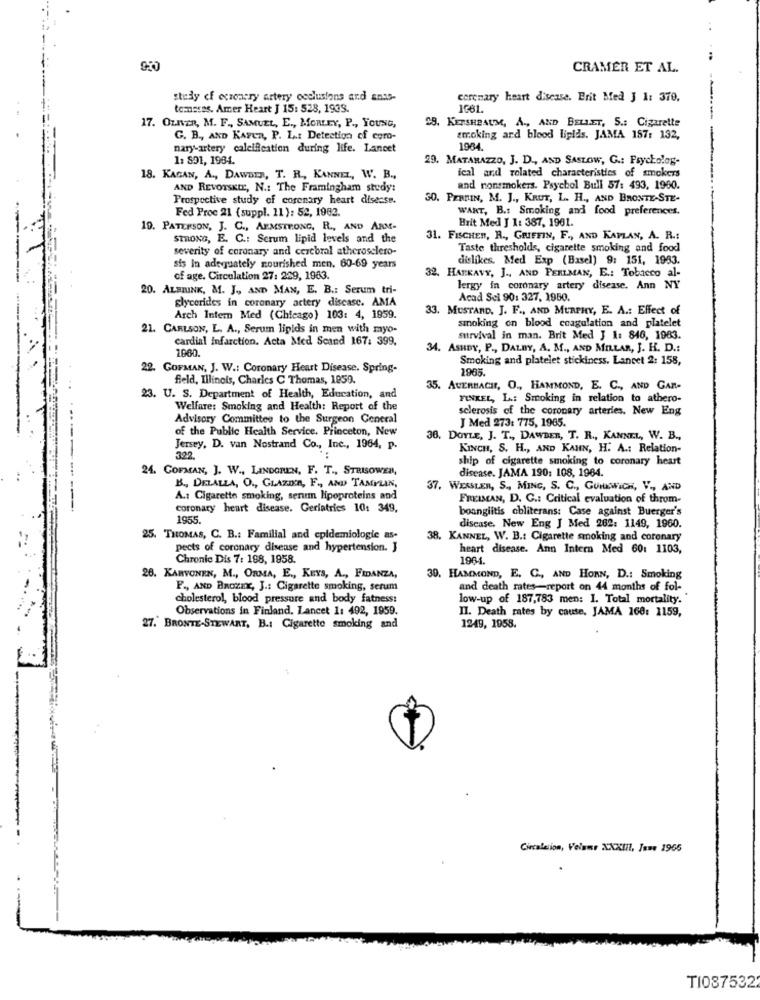
CRAMER ET AL.
study of ecsenary artery occlusions and ants-
coronary heart disease. Erit Med J 1: 370.
tomssss. Amer Heart J 15: 528, 1933.
1681.
59. KETSHBAUM, A ., AND BELLET, S .: Cigarette
17. OLNER, M. F ., SAMUEL, E ., MORLEY, P ., YOUNG,
G. B ., AND KAYER, P. L .: Detection cf coro-
smoking ard blood lipids. JAMA 157: 132,
nary-artery calcification during life. Lancet
1964.
1: 801, 1984.
29. MATARAZZO, J. D ., AND SASLOW, G .: Psycholog-
18. KAGAN, A ., DAWDEN, T. R ., KANNEL, W. B .,
ical and related characteristics of smokers
AND REVOTSKIE, N .: The Framingham study:
and nonsmokers. Psychol Bull 57: 493, 1960.
Prospective study of coronary heart disease.
50. PEANIN, M. J ., KRUT, L. H ., AND BRONTE-STE-
Fed Proe 21 (suppl. 11 ): 52, 1982.
WART, B.s Smoking and food preferences.
Brit Med J 1: 387, 1961.
19. PATERSON, J. C ., ARMSTRONG, R ., AND ARM-
STRONG, E. C .: Serum lipid levels and the
31. FISCHER, R ., GRIFFIN, F ., AND KAPLAN, A. R .:
severity of coronary and cerebral atherosclero-
Taste thresholds, cigarette smoking and food
dislikes. Med Exp (Basel) 9: 151, 1983.
sis in adequately nourished men. 60-69 years
of age. Circulation 27: 229, 1983.
32. HATKAVY, J ., AND PERLMAN, E .: Tobacco al-
20. ALBIUNK, M. J ., AND MAN, E. B .: Serum tri-
lergy in coronary artery disease. Ann NY
glycerides in coronary artery disease. AMA
Acad Sci 90: 327, 1950.
33. MUSTARD. J. F ., AND MURPHY, E. A .: Effect of
Arch Intern Med (Chicago) 103: 4, 1959.
smoking on blood coagulation and platelet
21. CARLSON, L. A ., Serum lipids in men with myo-
cardial infarction. Acta Med Scand 167: 399,
survival in man. Brit Med J 1: 846, 1983.
1960.
34. ASHBY, P ., DALBY, A. M ., AND MILLAR, J. H. D .:
Smoking and platelet stickiness. Lancet 2: 158,
22. GOFMAN, J. W .: Coronary Heart Disease. Spring-
1965
field, Illinois, Charles C Thomas, 1859.
35. AUERBACH, O ., HAMMOND, E. C ., AND GAR-
23. U. S. Department of Health, Education, and
FINKEL, L .: Smoking in relation to athero-
Welfare: Smoking and Health: Report of the
sclerosis of the coronary arteries. New Eng
Advisory Committee to the Surgeon General
J Med 273: 775, 1985.
of the Public Health Service, Princeton, New
36. DOYLE, J. T ., DAWDER, T. R ., KANNEL, W. B .,
Jersey, D. van Nostrand Co ., Inc ., 1964, p.
KINCH, S. H ., AND KANN, H. A .: Relation-
322.
ship of cigarette smoking to coronary heart
24. COFMAN, J. W ., LINDGREN, F. T ., STRISOWER,
disease. JAMA 190: 108, 1964.
B ., DELALLA, O ., GLAZO'n, F ., AND TAMYLAN,
37. WESSLER, S ., MING, S. C ., GunwicH, V ., AND
A .: Cigarette smoking, senem lipoproteins and
FREIMAN, D. C .: Critical evaluation of throm-
--
coronary heart disease. Geriatrics 10: 349,
boanglitis obliterans: Case against Buerger's
1955
disease. New Eng J Med 282: 1149, 1960.
25. THOMAS, C. B .: Familial and epidemiologie as-
38, KANNEL, W. B .: Cigarette smoking and coronary
pects of coronary disease and hypertension. J
heart disease. Ann Intern Med 60: 1103,
Chronic Dis 7: 198, 1958.
1964.
26. KARVONEN, M ., ORMA, E ., KEYS, A ., FIDANZA,
30. HAMMOND, E. C ., AND HORN, D .: Smoking
F ., AND BROZEX, J .: Cigarette smoking, serum
and death rates-report on 44 months of fol-
cholesterol, blood pressure and body fatness:
low-up of 187,783 men: 1. Total mortality.
Observations in Finland. Lancet 1: 492, 1959.
II. Death rates by cause, JAMA 168: 1159,
27." BRONTE-STEWART, B .: Cigarette smoking and
1249, 1958.
Circalesion, Veluwe XXXIII, Isme 1965
TI087532